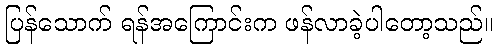
ပြန်သောက် ရန်အကြောင်းက ဖန်လာခဲ့ပါတော့သည်။